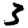
Digit: 3